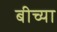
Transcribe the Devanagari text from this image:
बीच्या